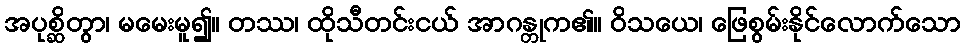
အပုစ္ဆိတွာ၊ မမေးမူ၍။ တဿ၊ ထိုသီတင်းငယ် အာဂန္တုက၏။ ဝိသယေ၊ ဖြေစွမ်းနိုင်လောက်သော